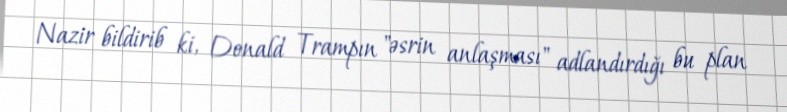
Nazir bildirib ki, Donald Trampın "əsrin anlaşması" adlandırdığı bu plan